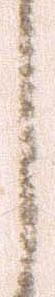
し